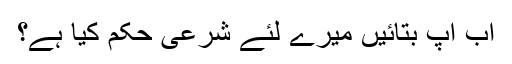
اب آپ بتائیں میرے لئے شرعی حکم کیا ہے؟